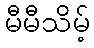
မီမီသိမ့်